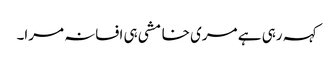
کہہ رہی ہے مری خامشی ہی افسانہ مرا۔